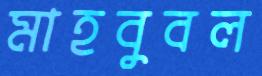
মাহবুবল